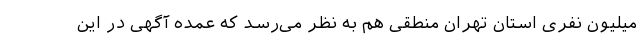
میلیون نفری استان تهران منطقی هم به نظر می‌رسد که عمده آگهی در این